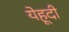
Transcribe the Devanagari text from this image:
येहूदी